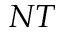
N T